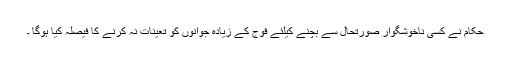
حکام نے کسی ناخوشگوار صورتحال سے بچنے کیلئے فوج کے زیادہ جوانوں کو تعینات نہ کرنے کا فیصلہ کیا ہوگا ۔